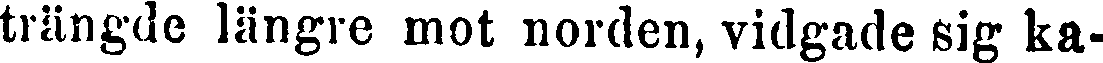
trängde längre mot norden, vidgade sig ka-